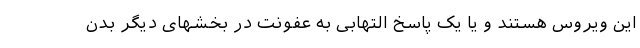
این ویروس هستند و یا یک پاسخ التهابی به عفونت در بخشهای دیگر بدن